Annual statistical returns and brief notes on vaccination in Bengal - 1909-1929
Year: 1909
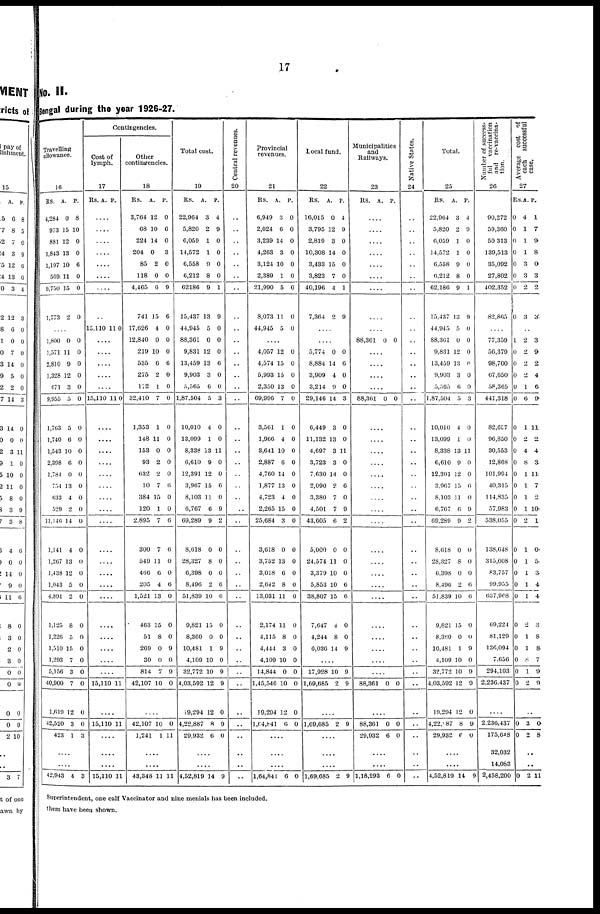
17
No. II.
Bengal during the year 1926-27.
Travelling
allowance.
16
Rs.
4,284
973
881
1,843
1,197
569
9,750
1,773
A.
0
15
12
13
10
11
15
2
P.
8
10
0
0
6
0
0
0
....
1,800
1,571
2,810
1,328
671
9,955
1,763
1,740
1,543
2,398
1,784
754
633
529
11,146
1,141
1,267
1,438
1,043
4,891
1,125
1,226
1,510
1,293
5,156
40,900
1,619
42,520
423
0
11
9
12
3
5
5
6
10
6
0
13
4
2
14
4
13
12
5
2
8
5
15
7
3
7
12
3
1
0
0
0
0
0
0
0
0
0
0
0
0
0
0
0
0
0
0
0
0
0
0
0
0
0
0
0
0
3
....
....
42,943 4 3
Contingencies.
Cost of
lymph.
17
Rs.
A. P.
....
....
....
....
....
....
....
....
15,110 11 0
....
....
....
....
....
15,110 11 0
....
....
....
....
....
....
....
....
....
....
....
....
....
....
....
....
....
....
....
15,110 11
....
15,110 1 1
....
....
....
15,110 11
Other
contingencies.
18
Rs.
3,764
68
224
204
85
118
4,465
741
17,626
12,840
219
535
275
172
32,410
1,353
148
153
93
632
10
384
120
2,895
300
540
466
205
1,521
463
51
269
30
814
42,107
A.
12
10
14
0
2
0
6
15
4
0
10
6
2
1
7
1
11
0
2
2
7
15
1
7
7
11
6
4
13
15
8
0
0
7
10
P.
0
6
0
3
0
0
9
6
0
0
0
6
0
0
0
0
0
0
0
0
6
0
0
6
6
0
0
6
0
0
0
9
0
9
0
....
42,107
1,241
10
1
0
11
....
....
43,348 11 11
Total cost.
19
Rs.
22,964
5,820
6,059
14,572
6,558
6,212
62186
15,437
44,945
88,361
9,831
13,459
9,903
5,565
1,87,504
10,010
13,099
8,338
6,610
12,391
3,967
8,103
6,767
69,289
8,618
28,327
6,398
8,496
51,839
9,821
8,360
10,481
4,109
32,772
4,03,592
19,294
4,22,887
29,932
A.
3
2
1
1
9
8
9
13
5
0
12
13
3
6
5
4
1
13
9
12
15
11
6
9
0
8
0
2
10
15
0
1
10
10
12
12
8
6
P.
4
9
0
0
0
0
1
9
0
0
0
6
0
0
3
0
0
11
0
0
6
0
9
2
0
0
0
6
6
0
0
9
0
9
9
0
0
0
....
....
4,52,819 14 9
Central revenues.
20
..
..
..
..
..
..
..
..
..
..
..
..
..
..
..
..
..
..
..
..
..
..
..
..
..
..
..
..
..
..
..
..
..
..
..
..
..
..
..
..
..
Provincial
revenues.
21
Rs.
6,949
2,024
3,239
4,263
3,124
2,389
21,990
8,073
44,945
A.
3
6
14
3
10
1
5
11
5
P.
0
0
0
0
0
0
0
0
0
....
4,057
4,574
5,993
2,350
69,996
3,561
1,966
3,641
2,887
4,760
1,877
4,723
2,265
25,684
3,618
3,752
3,018
2,642
13,031
2,174
4,115
4,444
4,109
14,844
1,45,546
19,294
l,64,841
12
15
15
13
7
1
4
10
6
14
13
4
15
3
0
13
6
8
11
11
8
3
10
0
10
12
6
0
0
0
0
0
0
0
0
0
0
0
0
0
0
0
0
0
0
0
0
0
0
0
0
0
0
0
....
....
....
1,64,841 6 0
local fund.
22
Rs.
16,015
3,795
2,819
10,308
3,433
3,823
40,196
7,364
A.
0
12
3
14
15
7
4
2
P.
4
9
0
0
0
0
1
9
....
....
5,774
8,884
3,909
3,214
29,146
6,449
11,132
4,697
3,723
7,630
2,090
3,380
4,501
43,605
5,000
24,574
3,379
5,853
38,807
7,647
4,244
6,036
0
14
4
9
14
3
13
3
3
14
2
7
7
6
0
11
10
10
15
4
8
14
0
6
0
0
3
0
0
11
0
0
6
0
9
2
0
0
0
6
6
0
0
9
....
17,928
1,69,685
10
2
9
9
....
1,69,685 2 9
....
....
....
1,69,685 2 9
Municipalities
and
Railways.
23
Rs.
A. P.
....
....
....
....
....
....
....
....
....
88,361 0 0
....
....
....
....
88,361 0 0
....
....
....
....
....
....
....
....
....
....
....
....
....
....
....
....
....
....
....
88,361 0 0
....
88,361
29,932
0
6
0
0
....
....
1,18,293 6 0
Native States.
24
..
..
..
..
..
..
..
..
..
..
..
..
..
..
..
..
..
..
..
..
..
..
..
..
..
..
..
..
..
..
..
..
..
..
..
..
..
..
..
..
..
Total.
25
Rs.
22,904
5,820
6,059
14,572
6,558
6,212
62,186
15,437
44,945
88,301
9,831
13,459
9,903
5,565
1,87,504
10,010
13,099
8,338
6,610
12,391
3,967
8,103
6,767
69,289
8,018
28,327
6,398
8,496
51,839
9,821
8,360
10,481
4,109
32,772
4,03,592
19,294
4,22,887
29,932
A.
3
2
1
1
9
8
9
13
5
0
12
13
3
6
5
4
1
13
9
12
15
11
6
9
0
8
0
2
10
15
0
1
10
10
12
12
8
6
P.
4
9
0
0
0
0
1
9
0
0
0
6
0
0
3
0
0
11
0
0
6
0
9
2
0
0
0
6
6
0
0
9
0
9
9
0
9
0
....
....
4,52,819 14 9
Number of success-
ful vaccination
and re-vaccina-
tion.
26
90,272
59,360
50,313
139,513
35,092
27,802
402,352
82,865
....
77,359
56,379
98,700
67,650
58,365
441,318
82,657
96,850
30,553
12,868
101,994
40,315
114,835
57,983
538,055
138,048
315,608
83,757
99,955
637,968
69,224
81,129
136,094
7,656
294,103
2,236,437
....
2,236,437
175,648
32,032
14,083
2,458,200
Average cost of
each successful
case.
27
Rs
0
0
0
0
0
0
0
0
A.
4
1
1
1
3
3
2
3
P.
1
7
9
8
0
3
2
3
..
1
0
0
0
0
0
0
0
0
0
0
0
0
0
0
0
0
0
0
0
0
0
0
0
0
0
2
2
2
2
1
6
1
2
4
8
1
1
1
1
2
1
1
1
1
1
2
1
1
8
1
2
3
9
2
4
6
9
11
2
4
3
11
7
2
10
1
0.
5.
3
4
4
3
8
8
7
9
9
....
0
0
3
2
0
8
..
..
0 2 11
Superintendent, one calf Vaccinator and nine menials has been included.
them have been shown.